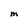
Character: M